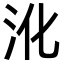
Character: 沎